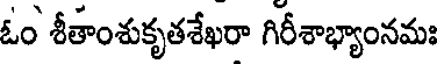
ఓం శీతాంశుకృతశేఖరా గిరీశాభ్యాంనమః